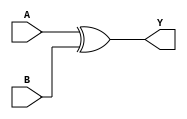
module xor_gate (
    input wire A,
    input wire B,
    output wire Y
);
    assign Y = A ^ B; // XOR operation
endmodule